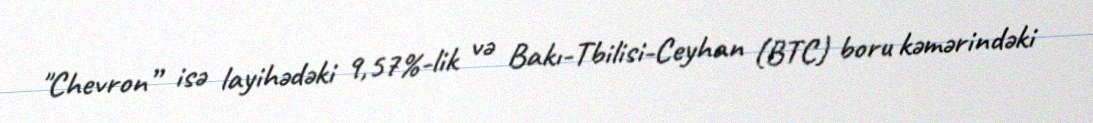
"Chevron” isə layihədəki 9,57%-lik və Bakı-Tbilisi-Ceyhan (BTC) boru kəmərindəki